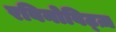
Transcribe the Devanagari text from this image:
रबिनोविट्ज़